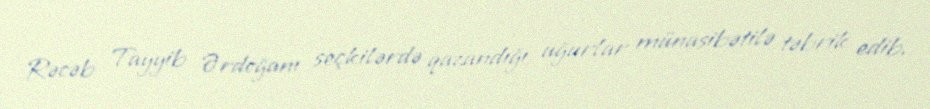
Rəcəb Tayyib Ərdoğanı seçkilərdə qazandığı uğurlar münasibətilə təbrik edib.